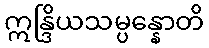
ဣန္ဒြိယသမ္ပန္နောတိ